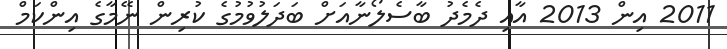
2011 އިން 2013 އާއި ދެމެދު ބާސެލޯނާއަށް ބަދަލުވުމުގެ ކުރިން ނޭމާގެ އިންކަމް